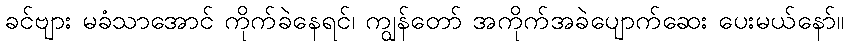
ခင်ဗျား မခံသာအောင် ကိုက်ခဲနေရင်၊ ကျွန်တော် အကိုက်အခဲပျောက်ဆေး ပေးမယ်နော်။